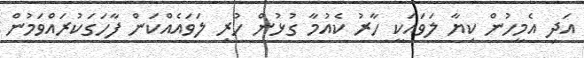
އަދި އެމީހުން ކިޔާ ލަވައަކީ ހާރު ކެއުމާ ގުޅުން ހުރި ލަވައެއްކަން ފާހަގަކުރައްވަމުން